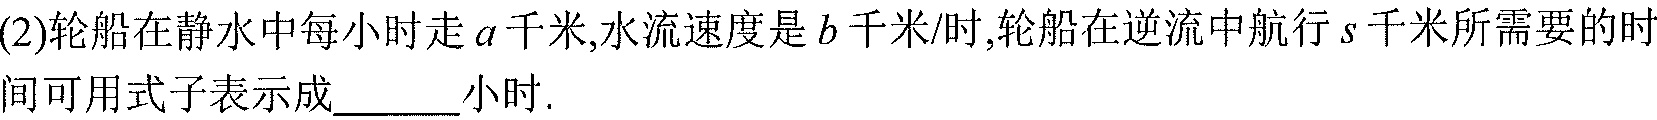
(2)轮船在静水中每小时走\(a\)千米,水流速度是\(b\)千米/时,轮船在逆流中航行\(s\)千米所需要的时间可用式子表示成\(\underline{\quad\quad}\)小时.